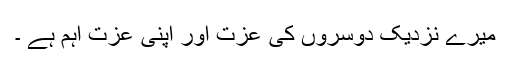
میرے نزدیک دوسروں کی عزت اور اپنی عزت اہم ہے ۔